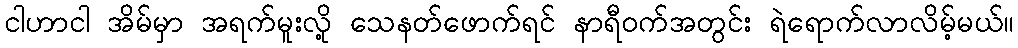
ငါဟာငါ အိမ်မှာ အရက်မူးလို့ သေနတ်ဖောက်ရင် နာရီဝက်အတွင်း ရဲရောက်လာလိမ့်မယ်။